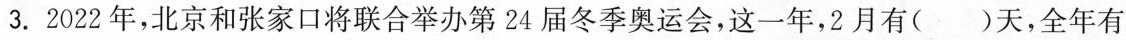
3.2022年，北京和张家口将联合举办第24届冬季奥运会，这一年，2月有( )天，全年有